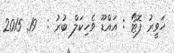
ހަވީރު ފޮޓޯ : އައްޑޫ ވެހިކަލް ބުރު :  19